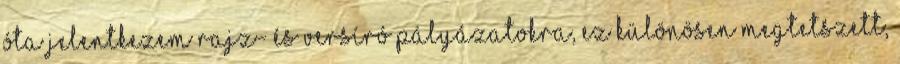
óta jelentkezem rajz- és versíró pályázatokra, ez különösen megtetszett,